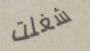
شغلت